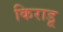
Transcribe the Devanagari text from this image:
किराडू